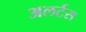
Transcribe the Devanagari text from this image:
अलर्टस